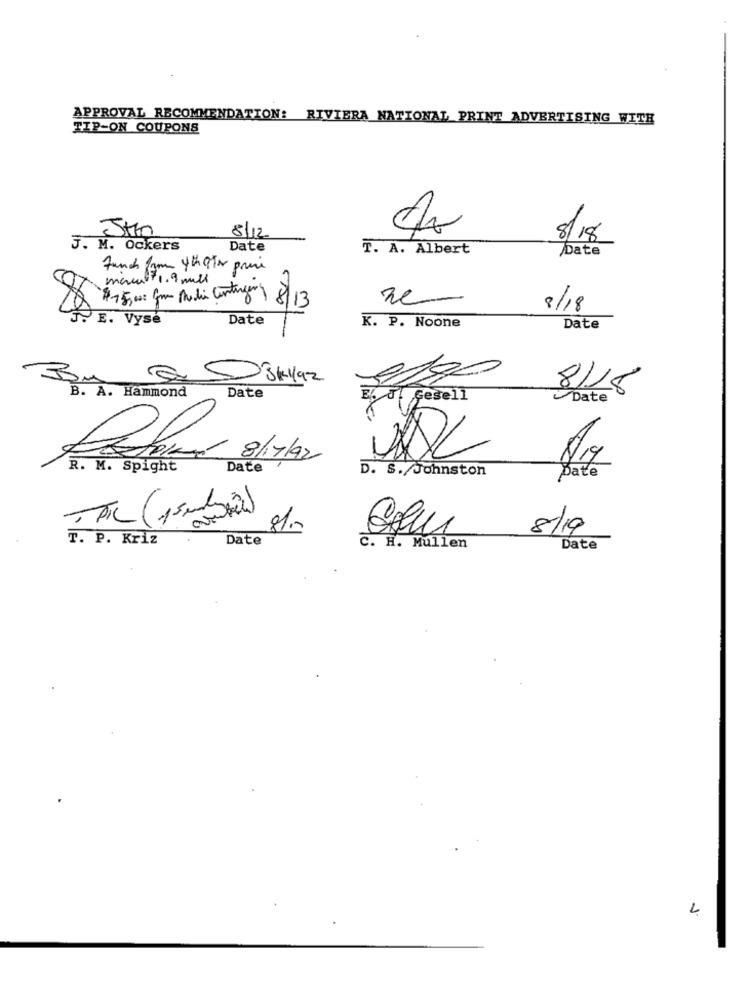
APPROVAL RECOMMENDATION: RIVIERA NATIONAL PRINT ADVERTISING WITH
TIP-ON COUPONS
8/12
8/18
J. M. Ockers
Date
T. A. Albert
Date
Funch for thata price
marcel 1, 9 mill
10
re-
8/18
E. Vysé
Date
K. P. Noone
Date
BOM
5031492
B. A. Hammond
Date
8/18
EL J! Gesell
Date
8/17/92
R. M. Spight
Date
D. S. Johnston
Date
819
81.
8/19
T. P. Kriz
Date
C. H. Mullen
Date